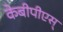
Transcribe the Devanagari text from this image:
केबीपीएस्‌